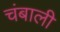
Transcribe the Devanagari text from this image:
चंबाली